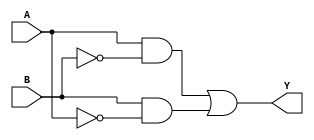
module XOR_gate(
input A, B,
output Y
);

wire not_A, not_B;

// First transmission gate
assign not_A = ~A;
assign not_B = ~B;

// Second transmission gate
assign Y = ((A & not_B) | (B & not_A));

endmodule